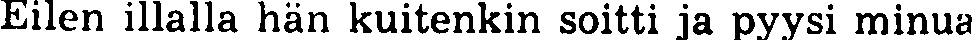
Eilen illalla hän kuitenkin soitti ja pyysi minua